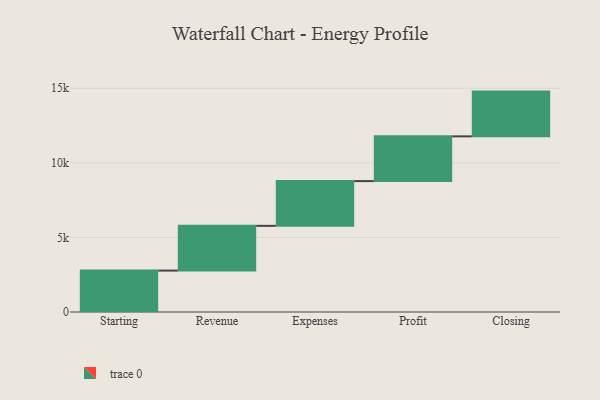
{"axis": {"x": "Step", "y": "Value"}, "legend": [""], "data": [{"x": "Starting", "y": 2776.0, "type": ""}, {"x": "Revenue", "y": 3000, "type": ""}, {"x": "Expenses", "y": 3000, "type": ""}, {"x": "Profit", "y": 3000, "type": ""}, {"x": "Closing", "y": 3000, "type": ""}]}